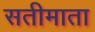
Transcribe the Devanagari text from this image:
सतीमाता